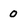
Character: 0